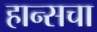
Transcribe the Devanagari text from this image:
हान्सचा